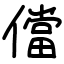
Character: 儅